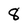
Character: 8